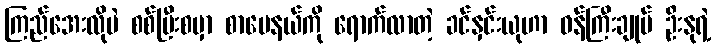
ကြည်အေးလိုပဲ စစ်ပြီးစမှာ စာပေနယ်ကို ရောက်လာတဲ့ ခင်နှင်းယုဟာ ဝန်ကြီးချုပ် ဦးနုရဲ့